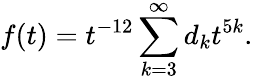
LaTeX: f(t)=t^{-12}\sum_{k=3}^{\infty}d_{k}t^{5k}.